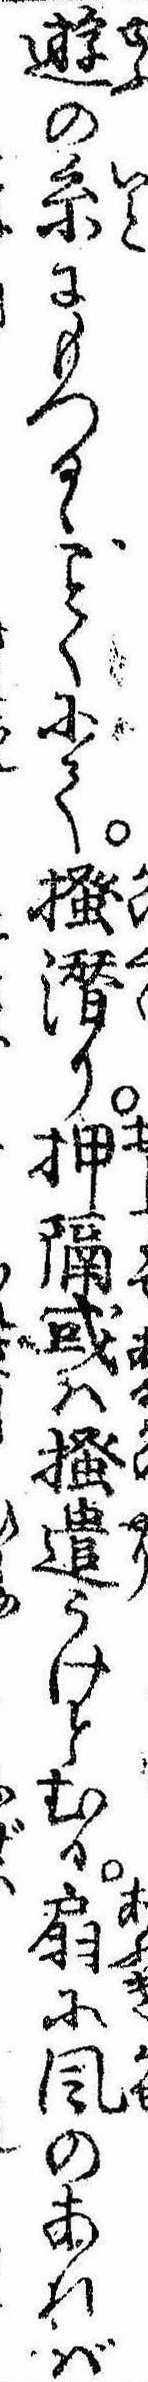
遊の糸にもつるゝくにて掻潜り押隔或は掻遣うけとむる扇に風のあれば